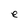
Character: e